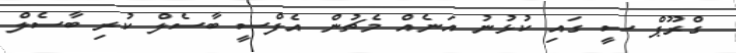
ގްރޫޕް ސީ ގައި ކުޅުނު އަނެއް މެޗުން އެފްސީ ބާސެލް ކުރި ބާސެލް